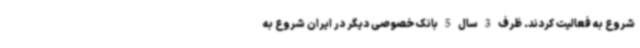
شروع به فعالیت کردند. ظرف 3 سال 5 بانک خصوصی دیگر در ایران شروع به